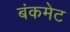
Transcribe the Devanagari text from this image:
बंकमेट